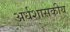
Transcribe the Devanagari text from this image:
अर्धशासकीय